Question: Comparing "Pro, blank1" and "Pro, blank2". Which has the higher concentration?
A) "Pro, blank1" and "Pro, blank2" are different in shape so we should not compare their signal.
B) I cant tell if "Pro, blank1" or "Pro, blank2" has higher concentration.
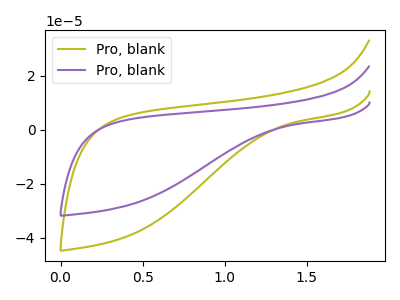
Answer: <think>The olive curve "Pro, blank1" has no peaks. The purple curve "Pro, blank2" has no peaks.
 Neither "Pro, blank1" or "Pro, blank2" have any peaks.</think>
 <answer>B) I cant tell if "Pro, blank1" or "Pro, blank2" has higher concentration.</answer>
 <eval>B</eval>